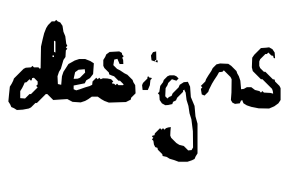
Text: designs
Cross-out: clean
Writing tool: digital_black